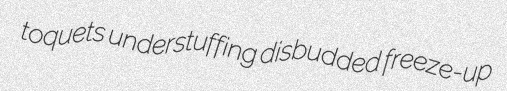
toquets understuffing disbudded freeze-up